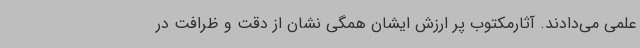
علمی می‌دادند. آثارمکتوب پر ارزش ایشان همگی نشان از دقت و ظرافت در